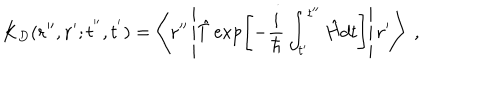
LaTeX: K _ { D } ( { \bf r ^ { \prime \prime } } , { \bf r ^ { \prime } } ; t ^ { ' ^ { \prime } } , t ^ { ' } ) = \left\langle { \bf r ^ { \prime \prime } } \left| \hat { T } \exp \left[ - \frac { i } { \hbar } \int _ { t ^ { \prime } } ^ { t ^ { \prime \prime } } \hat { H } d t \right] \right| { \bf r ^ { \prime } } \right\rangle \; ,